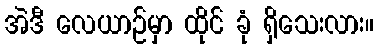
အဲဒီ လေယာဉ်မှာ ထိုင် ခုံ ရှိသေးလား။